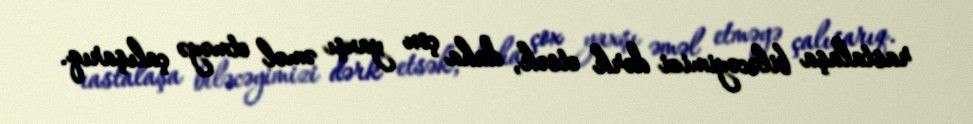
rastalaşa biləcəyimizi dərk etsək, daha çox yaxşı əməl etməyə çalışarıq.